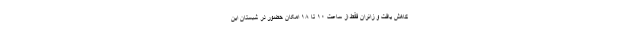
کاهش یافت و زائران فقط از ساعت ۱۰ تا ۱۸ امکان‌ حضور در شبستان این